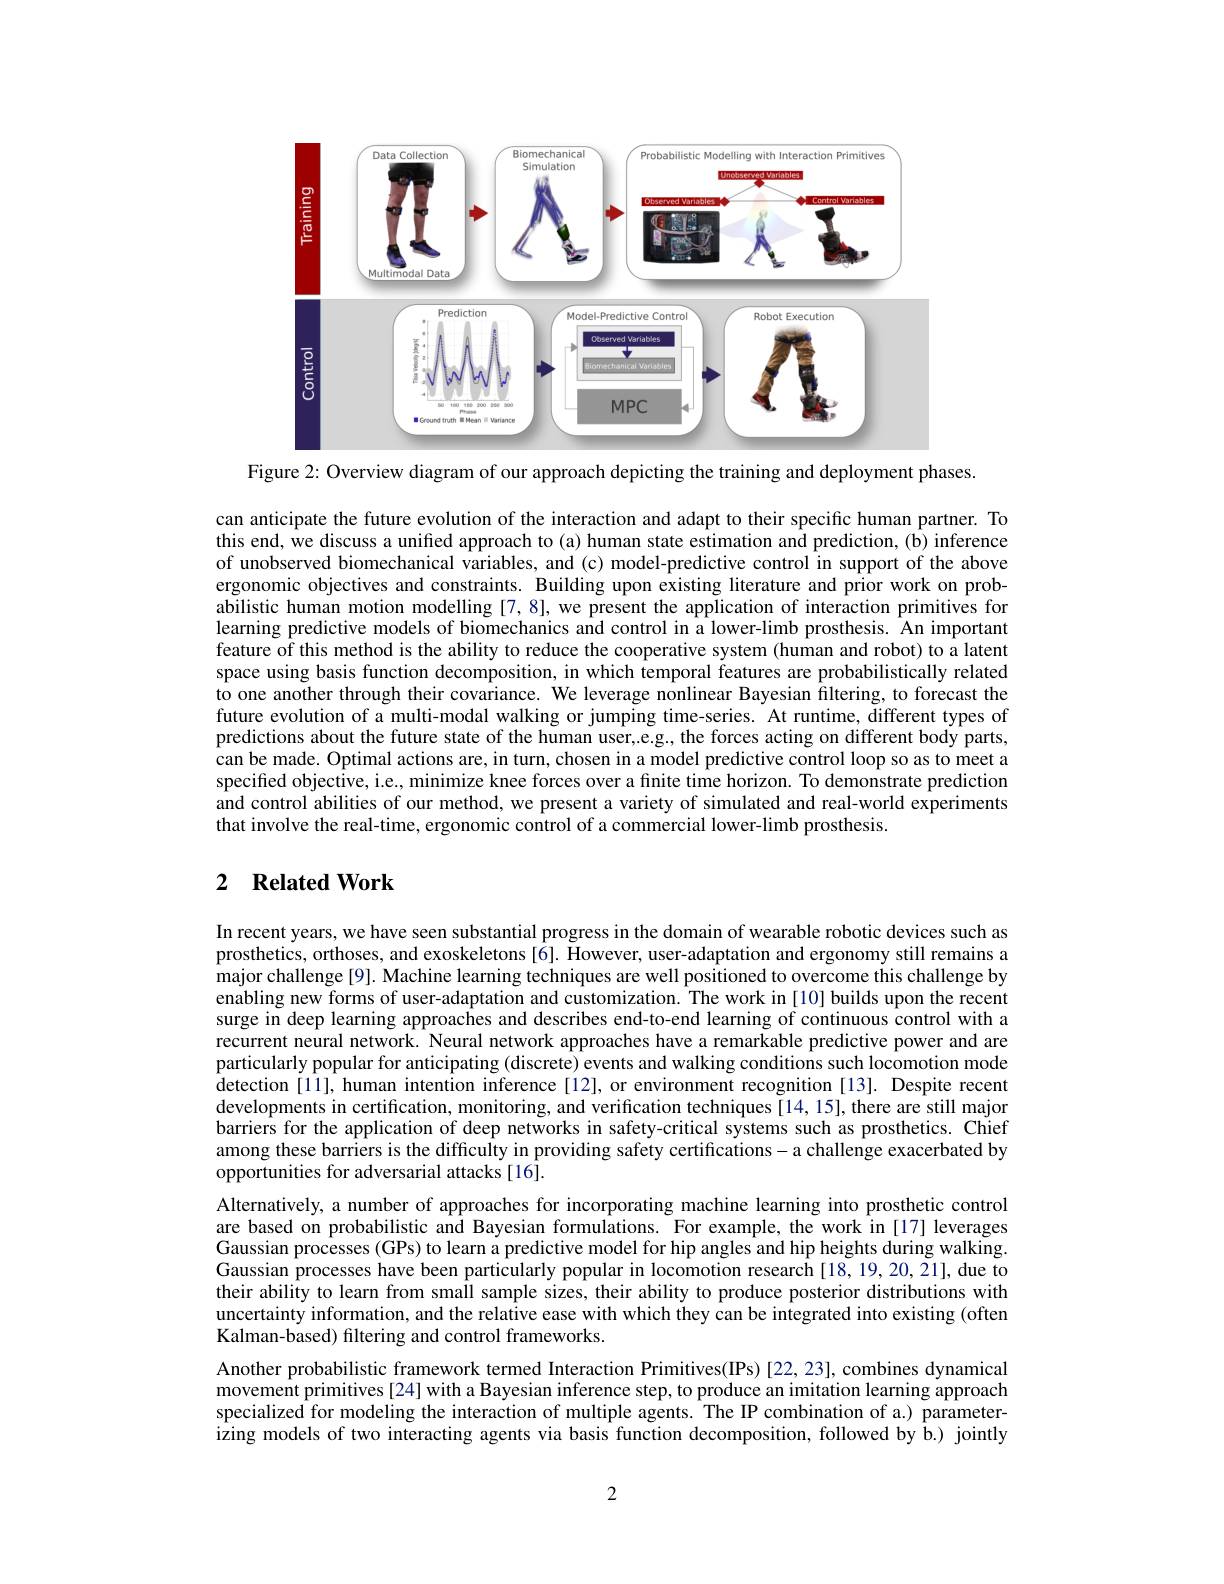
<FigureHere>

Figure 2: Overview diagram of our approach depicting the training and deployment phases.

can anticipate the future evolution of the interaction and adapt to their specific human partner. To this end, we discuss a unified approach to (a) human state estimation and prediction, (b) inference of unobserved biomechanical variables, and (c) model-predictive control in support of the above ergonomic objectives and constraints. Building upon existing literature and prior work on probabilistic human motion modelling [7,8], we present the application of interaction primitives for learning predictive models of biomechanics and control in a lower-limb prosthesis. An important feature of this method is the ability to reduce the cooperative system (human and robot) to a latent space using basis function decomposition, in which temporal features are probabilistically related $\hat{\text{to one another through their covariance. We leverage nonlinear Bayesian filtering, to forecast the}}$ future evolution of a multi-modal walking or jumping time-series. At runtime, different types of predictions about the future state of the human user,.e.g, the forces acting on different body parts, can be made. Optimal actions are, in turn, chosen in a model predictive control loop so as to meet a specified objective, i.e., minimize knee forces over a fınite time horizon. To demonstrate prediction and control abilities of our method, we present a variety of simulated and real-world experiments that involve the real-time, ergonomic control of a commercial lower-limb prosthesis.

### 2 $\textbf{Related Work}$

In recent years, we have seen substantial progress in the domain of wearable robotic devices such as prosthetics, orthoses, and exoskeletons[6]. However, user-adaptation and ergonomy still remains a major challenge [9]. Machine learning techniques are well positioned to overcome this challenge by enabling new forms of user-adaptation and customization. The work in [10] builds upon the recent surge in deep learning approaches and describes end-to-end learning of continuous control with a recurrent neural network. Neural network approaches have a remarkable predictive power and are particularly popular for anticipating (discrete) events and walking conditions such locomotion mode detection [11], human intention inference [12], or environment recognition [13]. Despite recent developments in certification, monitoring, and verification techniques [14,15], there are still major barriers for the application of deep networks in safety-critical systems such as prosthetics. Chief among these barriers is the difficulty in providing safety certifications- a challenge exacerbated by opportunities for adversarial attacks [16].
Alternatively, a number of approaches for incorporating machine learning into prosthetic control are based on probabilistic and Bayesian formulations. For example, the work in[17] leverages Gaussian processes (GPs) to learn a predictive model for hip angles and hip heights during walking. Gaussian processes have been particularly popular in locomotion research [18,19,20,21], due to their ability to learn from small sample sizes, their ability to produce posterior distributions with uncertainty information, and the relative ease with which they can be integrated into existing (often Kalman-based) filtering and control frameworks.
Another probabilistic framework termed Interaction Primitives(IPs) [22,23], combines dynamical movement primitives[24] with a Bayesian inference step, to produce an imitation learning approach specialized for modeling the interaction of multiple agents. The IP combination of a.) parameter- $\hat{\text{izing models of two interacting agents via basis function decomposition, followed by b.) jointly}}$

2